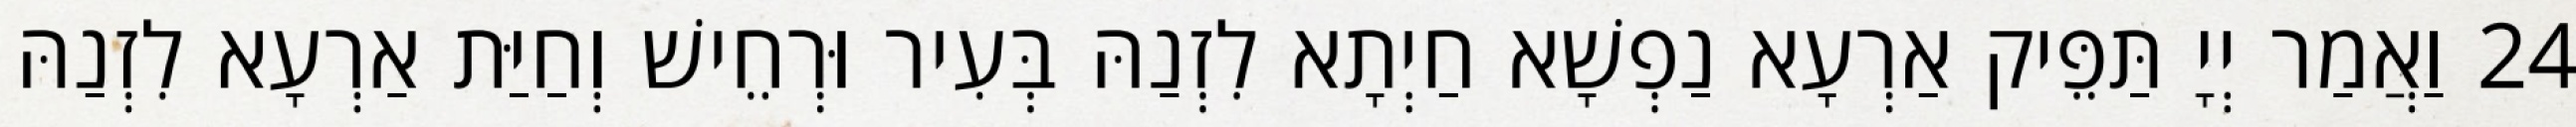
24 וַאֲמַר יְיָ תַּפֵּיק אַרְעָא נַפְשָׁא חַיְתָא לִזְנַהּ בְּעִיר וּרְחֵישׁ וְחַיַּת אַרְעָא לִזְנַהּ